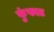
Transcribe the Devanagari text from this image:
फुंफाट